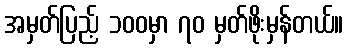
အမှတ်ပြည့် ၁၀၀မှာ ၇၀ မှတ်ဖိုးမှန်တယ်။